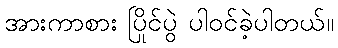
အားကာစား ပြိုင်ပွဲ ပါဝင်ခဲ့ပါတယ်။